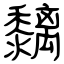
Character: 黐